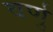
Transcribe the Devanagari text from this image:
वर्णु